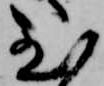
至